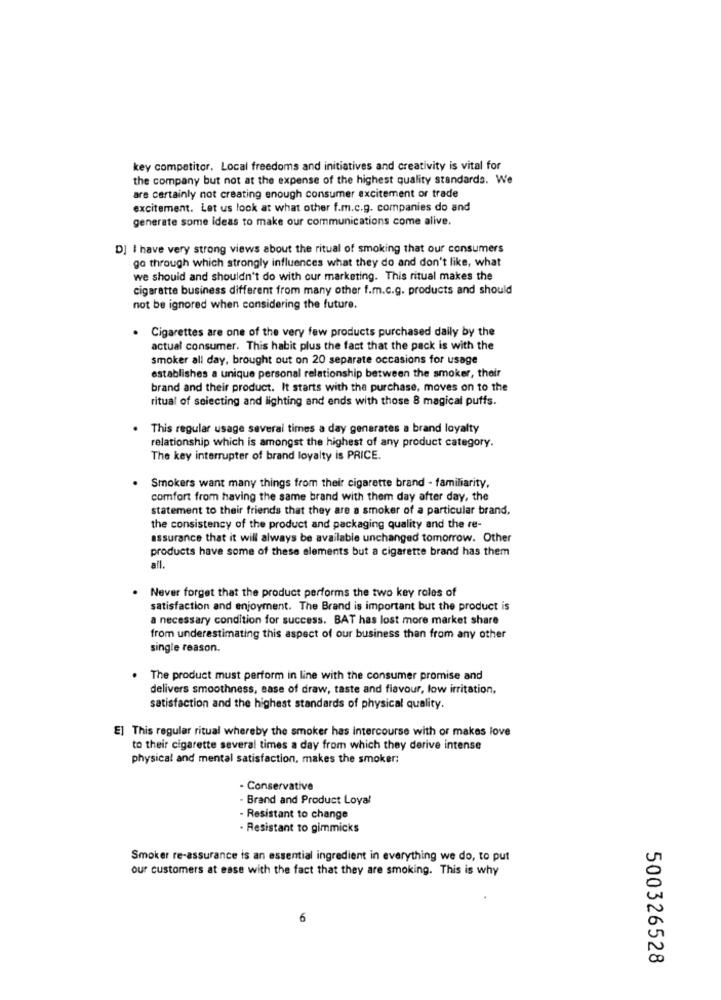
key competitor. Local freedoms and initiatives and creativity is vital for
the company but not at the expense of the highest quality standards. We
are certainly not creating enough consumer excitement or trade
excitement. Let us look at what other f.m.c.g. companies do and
generate some ideas to make our communications come alive.
DJ I have very strong views about the ritual of smoking that our consumers
go through which strongly influences what they do and don't like, what
we should and shouldn't do with our marketing. This ritual makes the
cigarette business different from many other f.m.c.g. products and should
not be ignored when considering the future.
. Cigarettes are one of the very few products purchased daily by the
actual consumer. This habit plus the fact that the pack is with the
smoker all day, brought out on 20 separate occasions for usage
establishes a unique personal relationship between the smoker, their
brand and their product. It starts with the purchase, moves on to the
ritual of selecting and lighting and ends with those 8 magical puffs.
This regular usage several times a day generates a brand loyalty
relationship which is amongst the highest of any product category.
The key interrupter of brand loyalty is PRICE.
Smokers want many things from their cigarette brand - familiarity,
comfort from having the same brand with them day after day, the
statement to their friends that they are a smoker of a particular brand.
the consistency of the product and packaging quality and the re-
assurance that it will always be available unchanged tomorrow. Other
products have some of these elements but a cigarette brand has them
all.
Never forget that the product performs the two key roles of
satisfaction and enjoyment. The Brand is important but the product is
a necessary condition for success. BAT has lost more market share
from underestimating this aspect of our business than from any other
single reason.
. The product must perform in line with the consumer promise and
delivers smoothness, ease of draw, taste and flavour, low irritation.
satisfaction and the highest standards of physical quality.
E] This regular ritual whereby the smoker has intercourse with or makes love
to their cigarette several times a day from which they derive intense
physical and mental satisfaction, makes the smoker;
· Conservative
- Brand and Product Loyal
- Resistant to change
. Resistant to gimmicks
Smoker re-assurance is an essential ingredient in everything we do, to put
our customers at ease with the fact that they are smoking. This is why
6
500326528